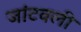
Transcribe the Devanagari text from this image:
जांटवली